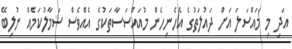
އަދި މި މައްސަލަ އަށް ދައުލަތުގެ އެހެނިހެން މުއައްސަސާތަކުގެ އެއްވެސް ސަމާލުކަމެއް ނުލިބޭ